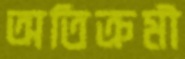
অতিক্রমী